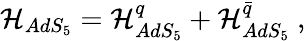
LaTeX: {\cal H}_{AdS_{5}}={\cal H}_{AdS_{5}}^{q}+{\cal H}_{AdS_{5}}^{\bar{q}}\ ,